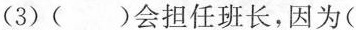
(3)( )会担任班长，因为(